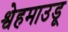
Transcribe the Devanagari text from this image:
श्वेहमाउडू